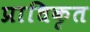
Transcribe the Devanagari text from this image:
प्राधिकृत